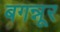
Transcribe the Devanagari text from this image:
बगन्नूर